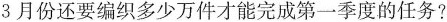
3月份还要编织多少万件才能完成第一季度的任务?